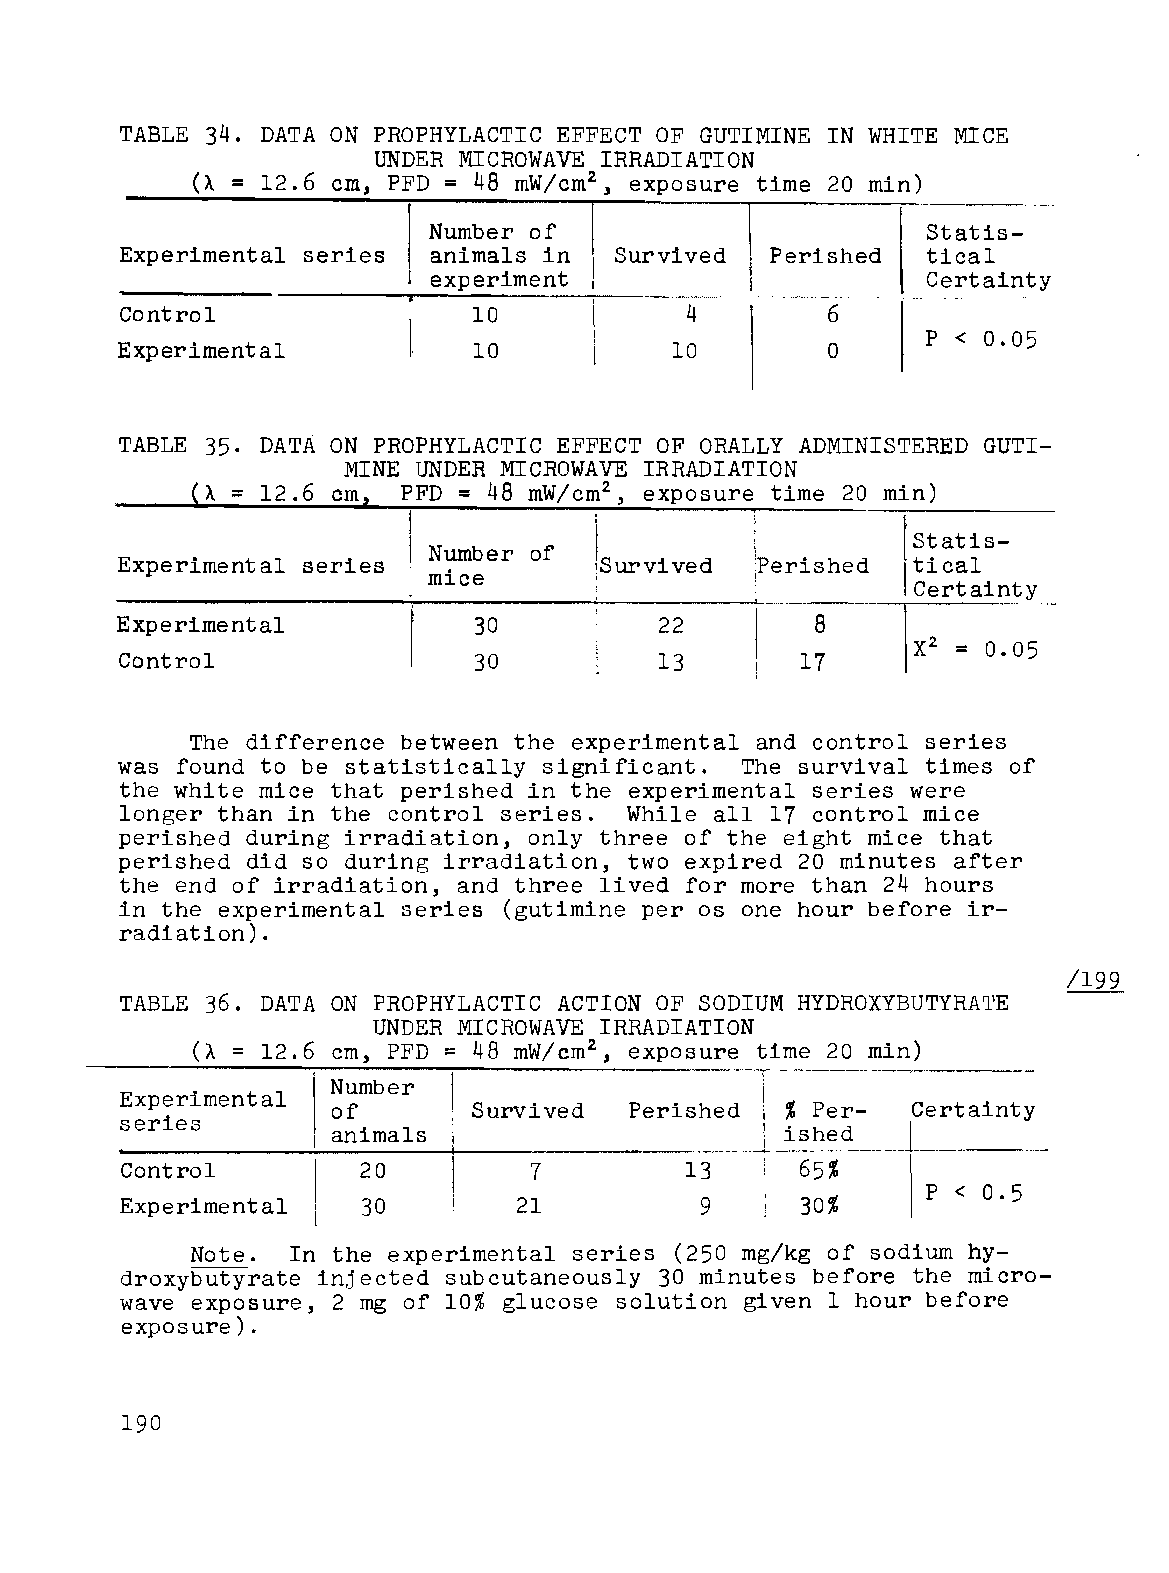
TABLE 34. DATA ON PROPHYLACTIC EFFECT OF GUTIMINE IN WHITE MICE
 UNDER MICROWAVE IRRADIATION
 (A = 12.6 cm, PFD = 48 mW/cm2 , exposure time 20 min)
 I Number of [         \           Statis­
 Experimental series animals in   Survived  Perished  tical
 ,i          \1         I'
 experiment                       Certainty
 Control                10           --4- ---~~'"- - 6-,.
 Experimental           10           10         o     P < 0.05
 TABLE 35. DATA ON PROPHYLACTIC EFFECT OF ORALLY ADMINISTERED GUTI­
 MINE UNDER MICROWAVE IRRADIATION
 (A = 12.6 cm, PFD = 48 mW/cm2, exposure time 20 min)
 I           t          I
 , Number of I          1         Statis­
 Experimental series mice       :Survived  iPerished tical
 TxC,e rtainty
 Experimental           30           22        8
 =
 0.05
 Control                30          13        17
 The difference between the experimental and control series
 was found to be statistically significant. The survival times of
 the white mice that perished in the experimental series were
 longer than in the control series. While all 17 control mice
 perished during irradiation, only three of the eight mice that
 perished did so during irradiation, two expired 20 minutes after
 the end of irradiation, and three lived for more than 24 hours
 in the experimental series (gutimine per os one hour before ir­
 radiation) .
 TABLE 36. DATA ON PROPHYLACTIC ACTION OF SODIUM HYDROXYBUTYRATE
 UNDER MICROWAVE IRRADIATION
 (A = 12.6 cm, PFD = 48 mW/cm2 , exposure time 20 min)
 ~~~~:!ment    ~:::s               perls~e~]J~~:~-~I~-r-ta-i-n-~
 al            S=vived
 Control         20         7         13      65%
 P < 0.5
 Experimental    30        21          9      30%
 Note. In the experimental series (250 mg/kg of sodium hy­
 droxybutyrate injected subcutaneously 30 minutes before the micro­
 wave exposure, 2 mg of 10% glucose solution given 1 hour before
 exposure) .
 190